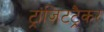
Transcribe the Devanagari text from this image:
ट्रांज़िटट्रैकर